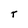
Character: T